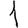
Digit: 1